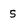
Character: 5